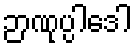
ဉာဏုပ္ပါဒေါ